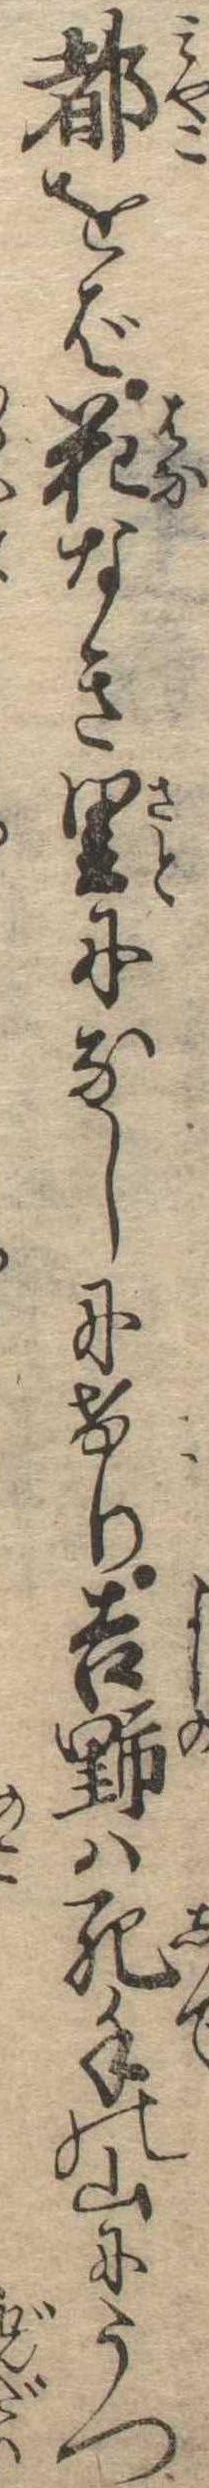
都をば花なき里になしにけり吉野は死出の山にうつ